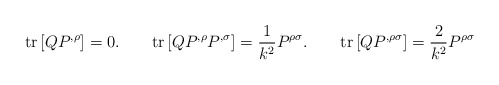
\begin{align*}{\rm tr}\left[ QP^{,\rho }\right] =0.\qquad {\rm tr}\left[ QP^{,\rho}P^{,\sigma }\right] =\frac{1}{k^{2}}P^{\rho \sigma }.\qquad {\rm tr}\left[QP^{,\rho \sigma }\right] =\frac{2}{k^{2}}P^{\rho \sigma }\end{align*}